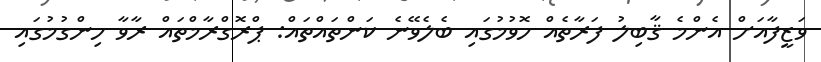
ވަޒީފާއަށް އެންމެ ޤާބިލު ފަރާތެއް ހޮވުމުގައި ބެލެވޭނެ ކަންތައްތައް: ޕްރޮގްރާމްތައް ރާވާ ހިންގުމުގައި